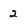
Character: 2